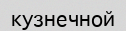
кузнечной